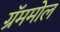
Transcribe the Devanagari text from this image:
ग्रॅममोल